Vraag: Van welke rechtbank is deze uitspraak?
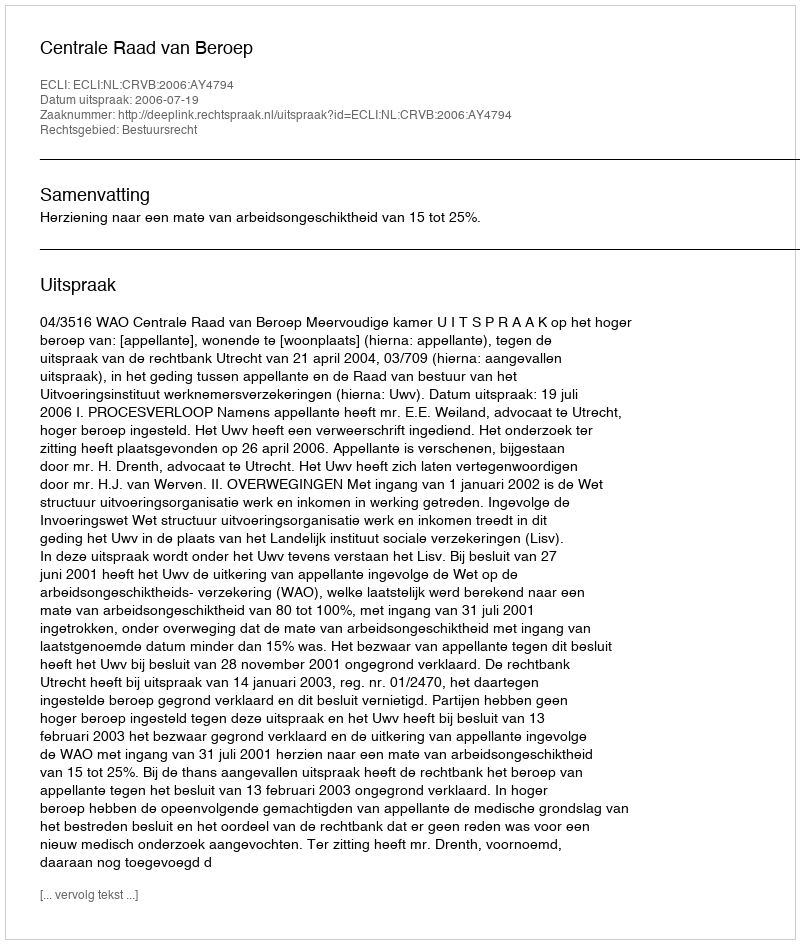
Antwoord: Centrale Raad van Beroep